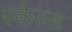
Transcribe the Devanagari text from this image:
स्केल्ड